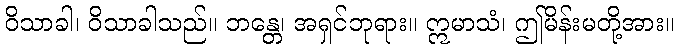
ဝိသာခါ၊ ဝိသာခါသည်။ ဘန္တေ၊ အရှင်ဘုရား။ ဣမာသံ၊ ဤမိန်းမတို့အား။